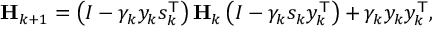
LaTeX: \mathbf { H } _ { k + 1 } = \left( I - \gamma _ { k } y _ { k } s _ { k } ^ { \mathsf { T } } \right) \mathbf { H } _ { k } \left( I - \gamma _ { k } s _ { k } y _ { k } ^ { \mathsf { T } } \right) + \gamma _ { k } y _ { k } y _ { k } ^ { \mathsf { T } } ,